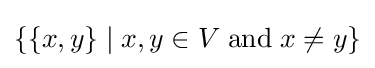
\{\{x,y\}\mid x,y\in V\;{\textrm {and}}\;x\neq y\}